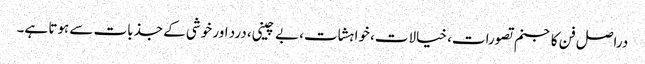
دراصل فن کا جنم تصورات، خیالات، خواہشات، بے چینی، درد اور خوشی کے جذبات سے ہوتا ہے۔